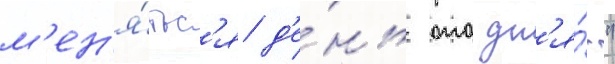
м'ен'я́тьс'я д'е́нь ото дн'я́."